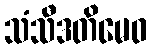
သံသီဒတိမေဝ